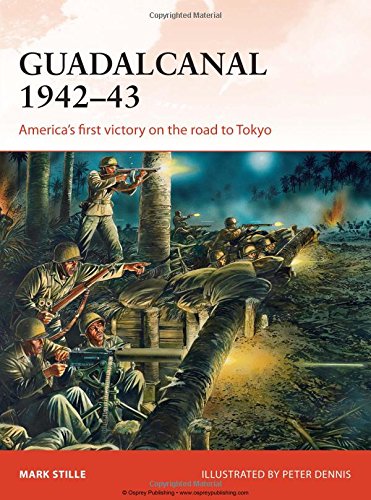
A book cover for Guadalcanal 1942-43: America's First Victory on the Road to Tokyo (Campaign); Mark Stille; History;